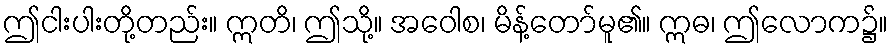
ဤငါးပါးတို့တည်း။ ဣတိ၊ ဤသို့။ အဝေါစ၊ မိန့်တော်မူ၏။ ဣဓ၊ ဤလောက၌။